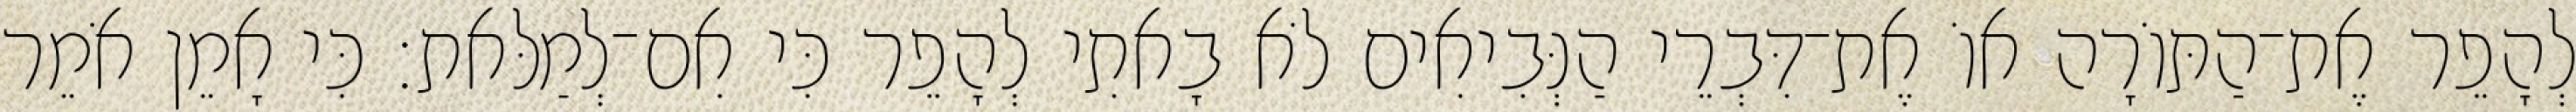
לְהָפֵר אֶת־הַתּוֹרָה אוֹ אֶת־דִּבְרֵי הַנְּבִיאִים לֹא בָאתִי לְהָפֵר כִּי אִם־לְמַלּאת׃ כִּי אָמֵן אֹמֵר